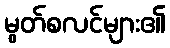
မွတ်စလင်များ၏